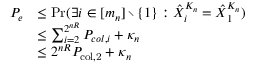
\begin{array} { r l } { P _ { e } } & { \le \operatorname* { P r } ( \exists i \in [ m _ { n } ] \setminus \{ 1 \} : \hat { X } _ { i } ^ { K _ { n } } = \hat { X } _ { 1 } ^ { K _ { n } } ) } \\ & { \le \sum _ { i = 2 } ^ { 2 ^ { n R } } P _ { c o l , i } + \kappa _ { n } } \\ & { \le 2 ^ { n R } P _ { \mathrm { c o l , 2 } } + \kappa _ { n } } \end{array}